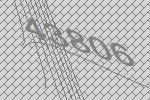
43806